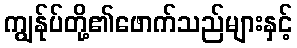
ကျွန်ုပ်တို့၏ဖောက်သည်များနှင့်